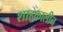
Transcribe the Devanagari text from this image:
शाहकालीन